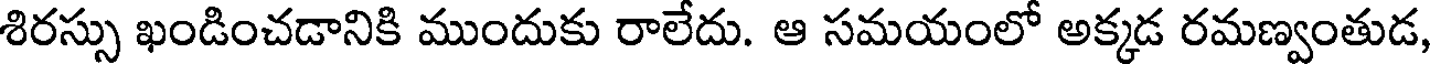
శిరస్సు ఖండించడానికి ముందుకు రాలేదు. ఆ సమయంలో అక్కడ రమణ్వంతుడ,